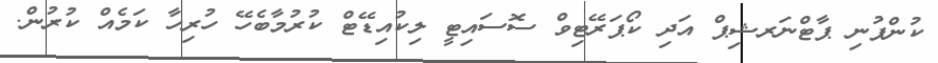
ކުންފުނި ޕާޓްނަރޝިޕް އަދި ކޯޕަރޭޓިވް ސޮސައިޓީ ލިކުއިޑޭޓް ކުރުމާބެހޭ ހުރިހާ ކަމެއް ކުރުން.